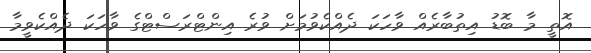
އޮތީ މާ ބޮޑު އިތުބާރެއް ވާހަކަ ދެއްކެވުމަށް ވުރެ އިންޓްރަސްޓްގެ ވާހަކަ ދެއްކެވީމާ